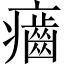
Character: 𤻽